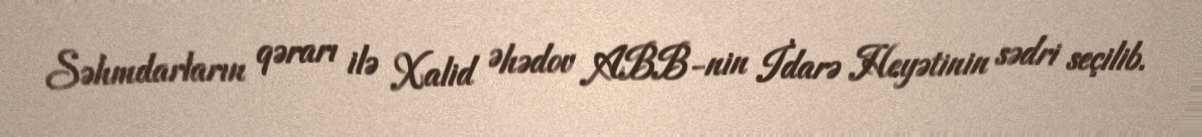
Səhmdarların qərarı ilə Xalid Əhədov ABB-nin İdarə Heyətinin sədri seçilib.